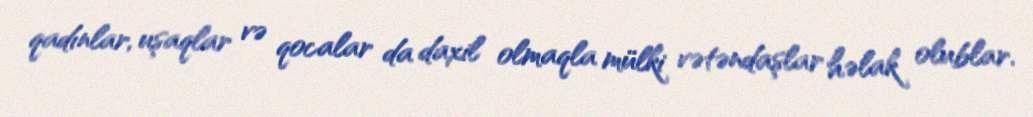
qadınlar, uşaqlar və qocalar da daxil olmaqla mülki vətəndaşlar həlak olublar.